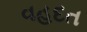
વહદત